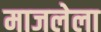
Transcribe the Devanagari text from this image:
माजलेला